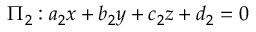
\Pi _ { 2 } : a _ { 2 } x + b _ { 2 } y + c _ { 2 } z + d _ { 2 } = 0